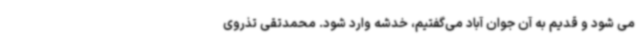
می شود و قدیم به آن جوان آباد می‌گفتیم، خدشه وارد شود. محمدتقی تذروی